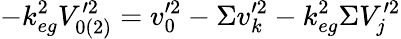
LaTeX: -k_{eg}^{2}V_{0(2)}^{\prime 2}=v_{0}^{\prime 2}-\Sigma v_{k}^{\prime 2}-k_{eg}^{2}\Sigma V_{j}^{\prime 2}